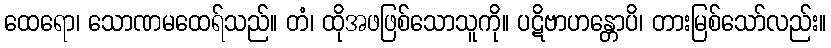
ထေရော၊ သောဏမထေရ်သည်။ တံ၊ ထိုအဖဖြစ်သောသူကို။ ပဋိဗာဟန္တောပိ၊ တားမြစ်သော်လည်း။